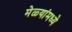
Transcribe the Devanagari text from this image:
मेळ्यांमध्ये